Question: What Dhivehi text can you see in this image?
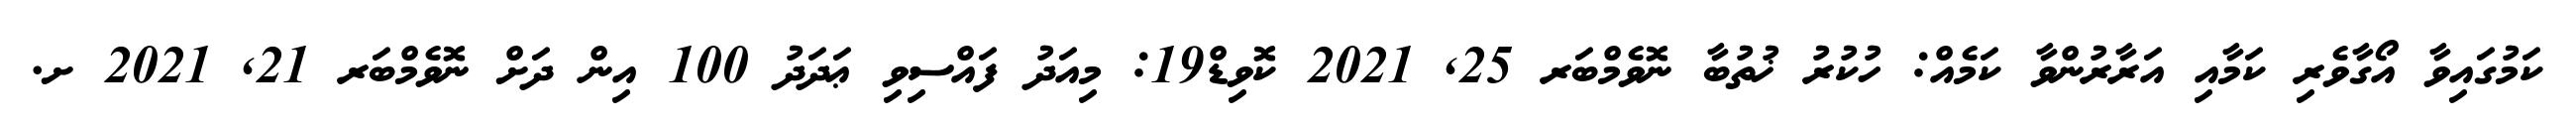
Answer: ކަމުގައިވާ އޯގާވެރި ކަމާއި އަރާރުންވާ ކަމެއް: ހުކުރު ޚުތުބާ ނޮވެމްބަރ 25, 2021 ކޮވިޑް19: މިއަދު ފައްސިވި ޢަދަދު 100 އިން ދަށް ނޮވެމްބަރ 21, 2021 ށ.